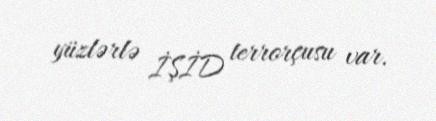
yüzlərlə İŞİD terrorçusu var.